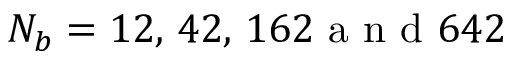
N _ { b } = 1 2 , \, 4 2 , \, 1 6 2 \mathrm { ~ a ~ n ~ d ~ } 6 4 2